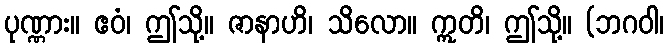
ပုဏ္ဏား။ ဧဝံ၊ ဤသို့။ ဇာနာဟိ၊ သိလော။ ဣတိ၊ ဤသို့။ (ဘဂဝါ၊